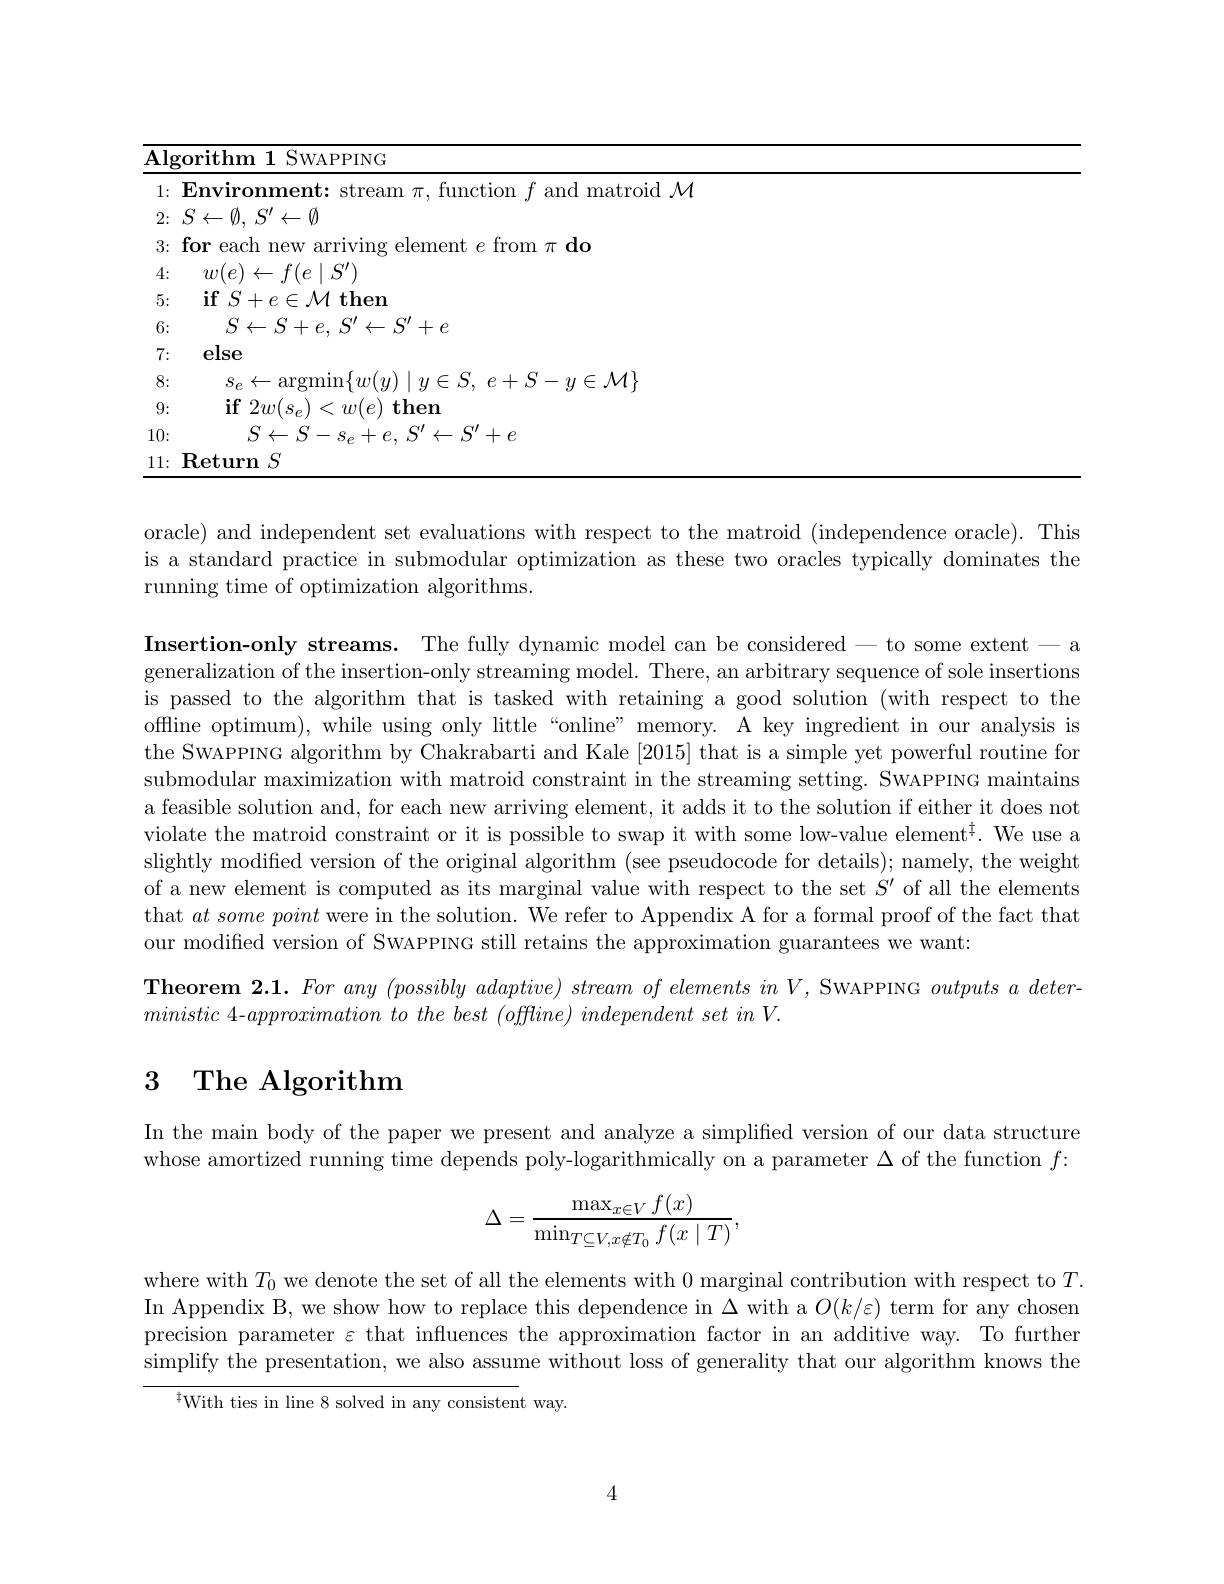
<table>
	<tbody>
		<tr>
			<td>$\underline{{\mathbf{Alg}}}$ -</td>
			<td>orithm 1 SWAPPING</td>
		</tr>
		<tr>
			<td>1:</td>
			<td>and matroid $M$</td>
		</tr>
		<tr>
			<td>2: 1</td>
			<td>$S\leftarrow \emptyset $, $S^{\prime }\leftarrow \emptyset$</td>
		</tr>
		<tr>
			<td>3:</td>
			<td>$e$ from $\pi$ do</td>
		</tr>
		<tr>
			<td>4:</td>
			<td>$w(e)\leftarrow f(e\mid S^{\prime})$</td>
		</tr>
		<tr>
			<td>5:</td>
			<td>$\textbf{if}S+ e\in \mathcal{M}$then</td>
		</tr>
		<tr>
			<td>6:</td>
			<td>$S\leftarrow S+ e$, $S^{\prime }\leftarrow S^{\prime }+ e$</td>
		</tr>
		<tr>
			<td>7:</td>
			<td>else</td>
		</tr>
		<tr>
			<td>8:</td>
			<td>$s_{\rho}\leftarrow$argmin$\{ w( u) \mid u\in S.$ $e+ S- u\in \mathcal{M} \}$</td>
		</tr>
		<tr>
			<td>9:</td>
			<td>$\textbf{if}2w( s_{e}) < w( e)$then</td>
		</tr>
		<tr>
			<td>10:</td>
			<td>$S\leftarrow S- s_{e}+ e$, $S^{\prime }\leftarrow S^{\prime }+ e$</td>
		</tr>
		<tr>
			<td>11:</td>
			<td>$\textbf{Return}S$</td>
		</tr>
	</tbody>
</table>

oracle) and independent set evaluations with respect to the matroid (independence oracle). This is a standard practice in submodular optimization as these two oracles typically dominates the running time of optimization algorithms.

Insertion-only streams. The fully dynamic model can be considered - to some extent- a generalization of the insertion-only streaming model. There, an arbitrary sequence of sole insertions is passed to the algorithm that is tasked with retaining a good solution (with respect to the offline optimum), while using only little “online” memory. A key ingredient in our analysis is the SwAPPING algorithm by Chakrabarti and Kale [2015] that is a simple yet powerful routine for submodular maximization with matroid constraint in the streaming setting. SWAPPING maintains a feasible solution and, for each new arriving element, it adds it to the solution if either it does not violate the matroid constraint or it is possible to swap it with some low-value element$^{\ddagger}.$ We use a slightly modified version of the original algorithm (see pseudocode for details); namely, the weight of a new element is computed as its marginal value with respect to the set $S^\prime$ of all the elements that $at\textit{ some point were in the solution. We refer to Appendix A for a formal proof of the fact that}$ our modified version of SWAPPING still retains the approximation guarantees we want:
Theorem 2.1. For any (possibly adaptive) stream of elements in V, SwAPPING outputs $a$ deter-
ministic 4-approximation to the best (offline) independent set in V.

# 3 The Algorithm

In the main body of the paper we present and analyze a simplified version of our data structure whose amortized running time depends poly-logarithmically on a parameter $\Delta$ of the function $f:$
$$\Delta=\frac{\max_{x\in V}f(x)}{\min_{T\subseteq V,x\notin T_{0}}f(x\mid T)},$$
where with $T_0$ we denote the set of all the elements with 0 marginal contribution with respect to $T.$ In Appendix B, we show how to replace this dependence in $\Delta$ with a $O(k/\varepsilon)$ term for any chosen precision parameter $\varepsilon$ that influences the approximation factor in an additive way. To further simplify the presentation, we also assume without loss of generality that our algorithm knows the

${}^{{\hat{t}}}$With ties in line 8 solved in any consistent way.

4